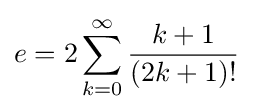
e=2\sum _{k=0}^{\infty }{\frac {k+1}{(2k+1)!}}